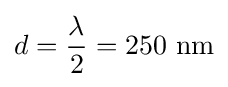
d={\frac {\lambda }{2}}=250{\text{ nm}}